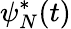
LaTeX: \psi_{N}^{*}(t)